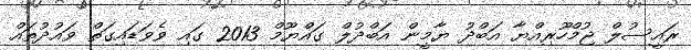
ރައީސުލް ޖުމްހޫރިއްޔާ އަބްދު ޔާމީން އަބްދުލް ގައްޔޫމް 2013 ގައި ވެވަޑައިގަތް ވައުދުތައް